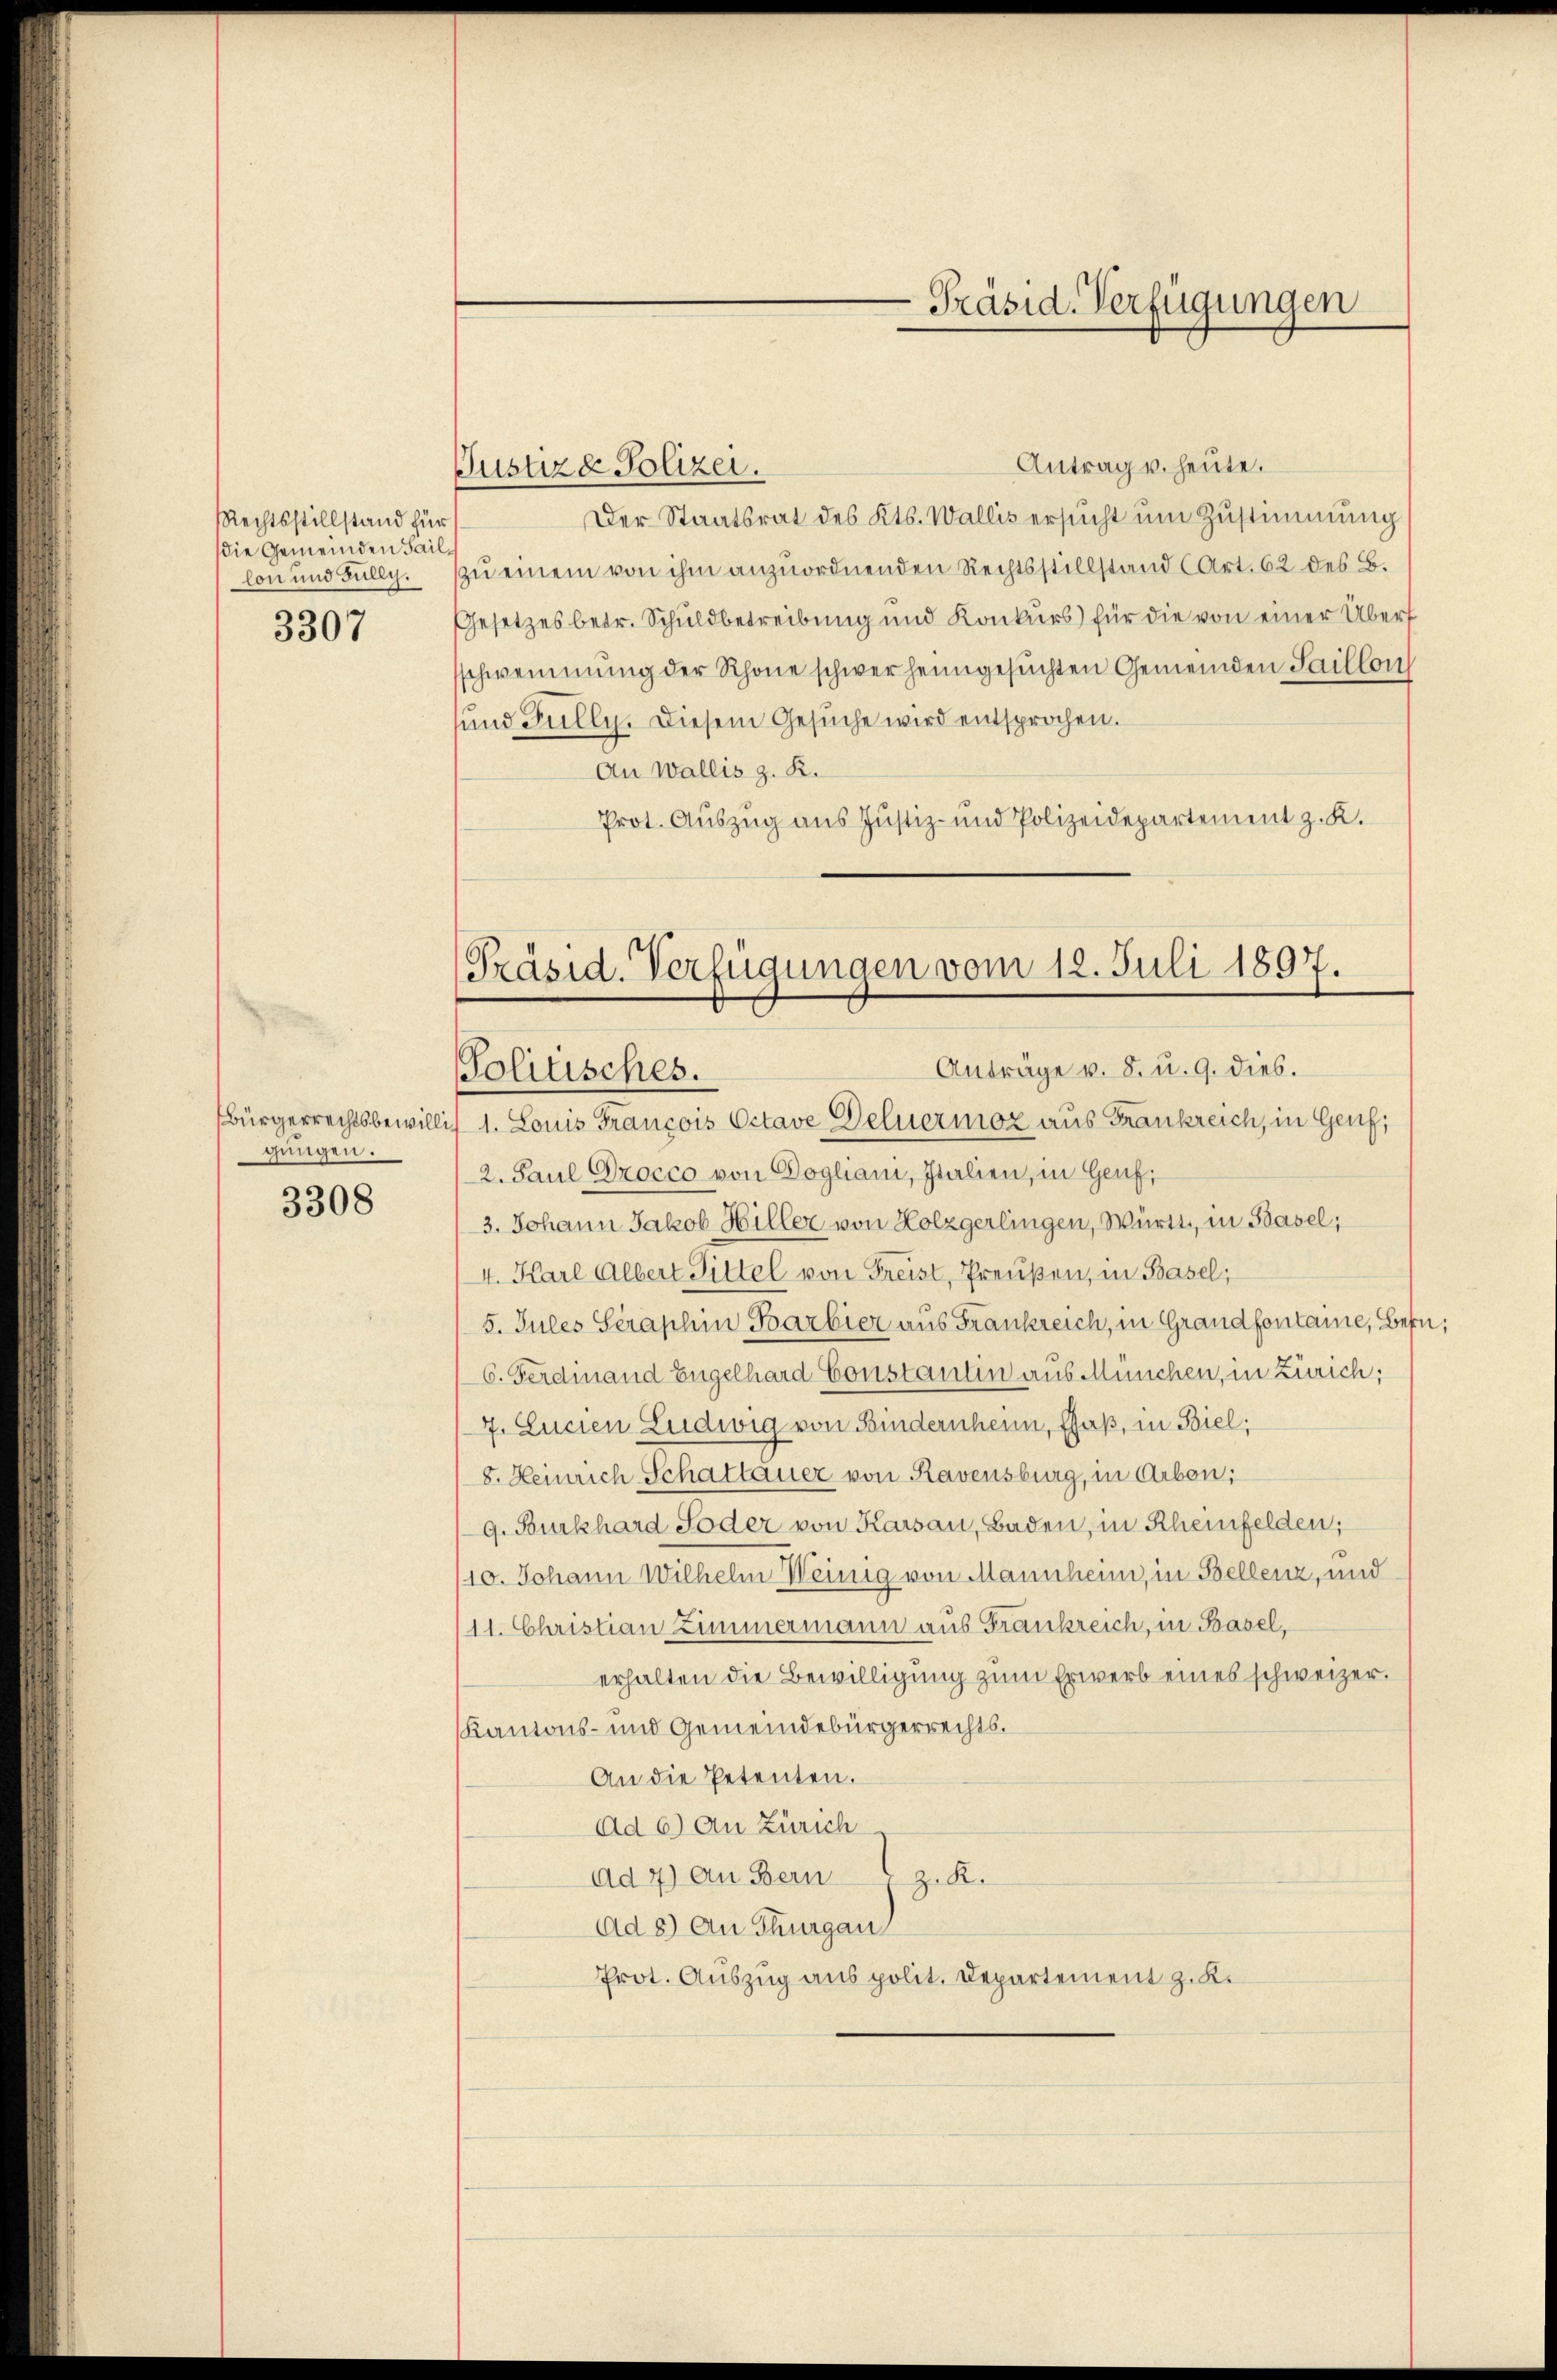
Rechtsstillstand für
die Gemeinden Faillon und Fully.
3307

Bürgerrechtsbewilli
gungen.
3308

-Präsid. Verfügungen

Anträge v. 8. u. 9. dies.
Politisches.

Antrag u. heute.
Justiz & Polizei.
Der Staatsrat des Kts. Wallis ersucht um Zustimmung
zu einem von ihm anzuordnenden Rechtsstillstand (Art. 62 des B.
Gesetzes betr. Schuldbetreibung und Konkurs für die von einer Überf
schwemmung der Rhone schwer heimgesuchten Gemeinden Saillon
und Fully. Diesem Gesŭche wird entsprochen.
An Wallis z. R.
Prot. Auszug aus Justiz- und Polizeidepartement z. K.
[Präsid. Verfügungen vom 12. Juli 1897.

1. Louis Francois Octave Deluermor aus Frankreich, in Genf;
2. Paul Procco von Bogliani, Italien, in Genf,
3. Johann Jakob Hiller von Holzgerlingen, Württ, in Basel;
4. Karl Albert Pittel von Freist, Preußen, in Basel;
5. Jules Serashin Barbier aus Frankreich, in Grandfontaire, Bern;
6. Ferdinand Engelhard Constantin aus München, in Zürich;
7. Lucien Ludwig von Bindernheim, Gfaß, in Biel;
8. Heinrich Schattauer von Ravensburg, in Arbon;
9. Burkhard Soder von Karsau, Baden, in Rheinfelden;
10. Johann Wilhelm Weinig von Mannheim, in Bellenz, und
11. Christian Zimmermann aus Frankreich, in Basel,
erhalten die Bewilligung zum Erwerb eines schweizer.
Kantons- und Gemeindebürgerrechts.
An die Petenten.
Ad 6) An Zürich
Ad 7) an Bern z. R.
Ad 8) An Thurgau
Prot. Auszug aus polit. Departement z. K.